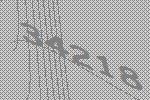
34218